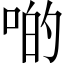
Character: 啲